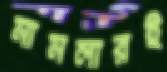
মামলারই